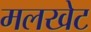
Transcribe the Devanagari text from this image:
मलखेट